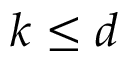
k \le d